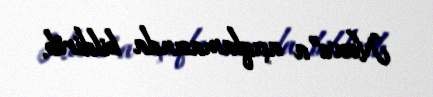
News”a açıqlamasında bildirib.